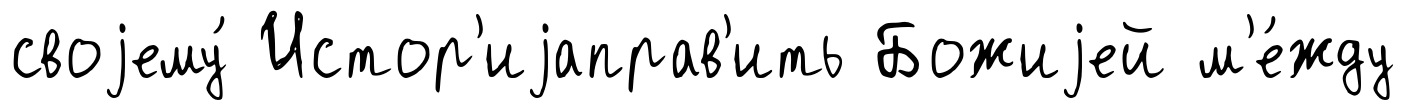
своjему́ Истор'иjаправ'ить Божиjей м'е́жду